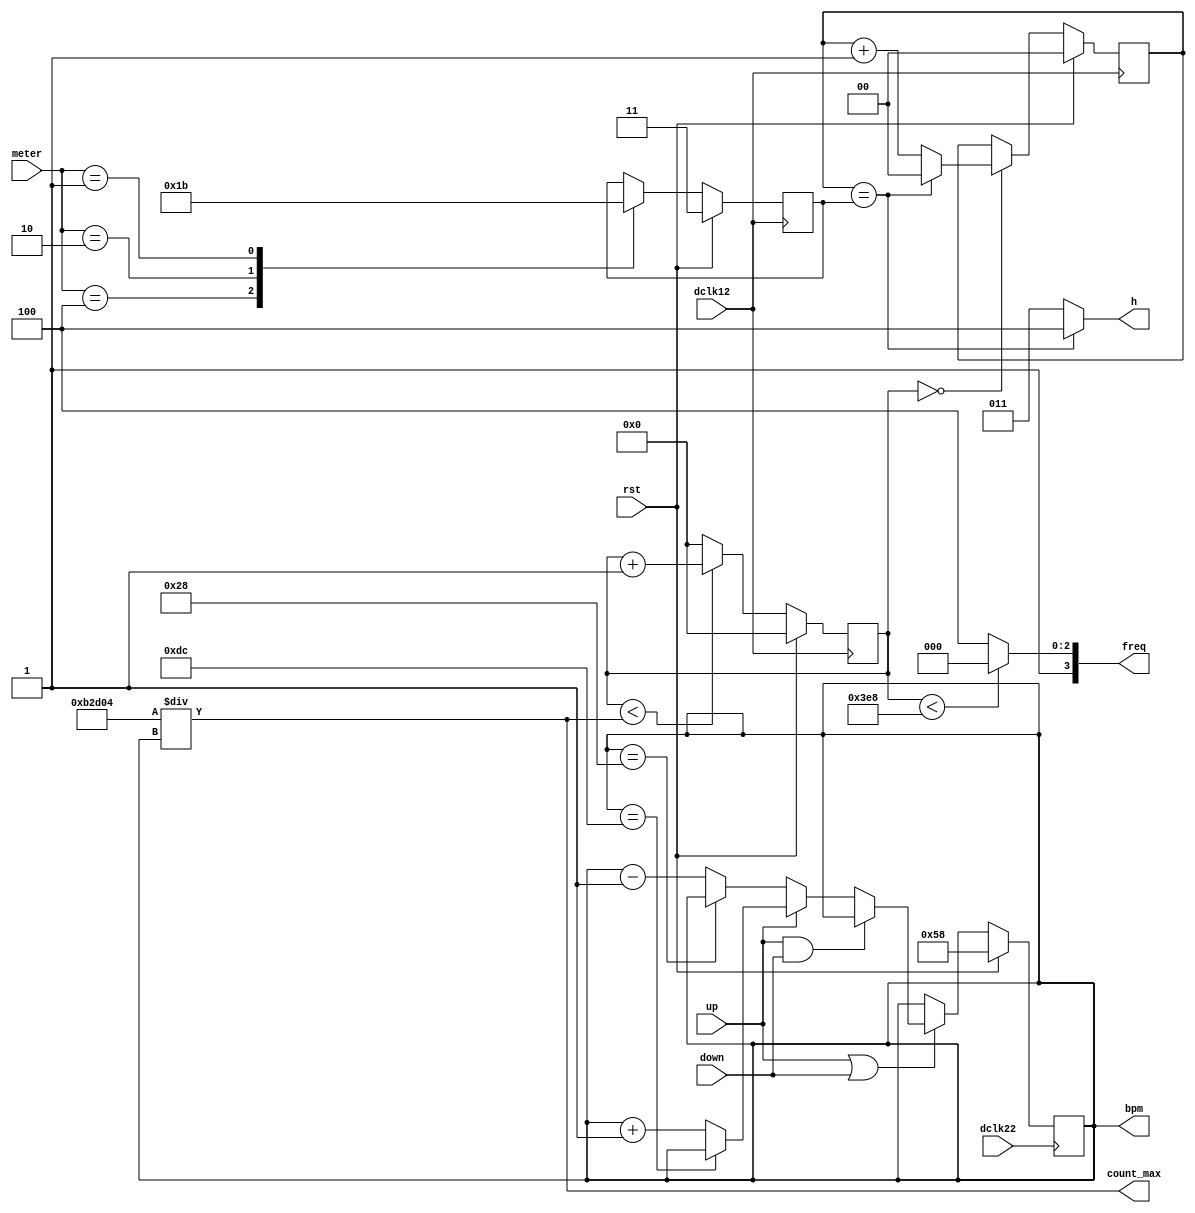
module metronome(
		output wire [3:0] freq,
		output wire [2:0] h,
		output wire [31:0] count_max,
		output reg [31:0] bpm,
		input wire rst, dclk12, dclk22,
		input wire up, down,
		input wire [2:0] meter
	);

	wire [31:0] ncount;
	reg [31:0] count, nbpm;
	reg [1:0] beat, nbeat, count_beat;
	//by calculating, change bpm -> Hz in FPGA
	//bpm: beat per minute, used in almost every music sheet
	assign count_max = 32'd732420/bpm;
	assign ncount = (count < count_max) ? count+1 : 32'd0;
	
	assign freq = (count < 32'd1000) ? 4'b1000 : 4'b1100;//only a short beep
	assign h = (count_beat==beat) ? 3'b100 : 3'b011;
	
	always @(posedge dclk22) begin
		if(rst) begin
			bpm <= 32'd88;
		end else begin
			bpm <= nbpm;
		end
	end
	always @(posedge dclk12) begin
		//use high clock for precise bpm
		//32-bit counter to count one beat
		//2-bit counter to count the high beat
		if(rst) begin
			count <= 32'd0;
			count_beat <= 2'b00;
			beat <= 2'b11;
		end else begin
			count <= ncount;
			count_beat <= (count==32'd0) ?
						  ((count_beat==beat) ? 2'b00 : count_beat+1) :
						  count_beat;
			beat <= nbeat;
		end
	end
	always @(*) begin
		//decode meter signature 2/4, 3/4, 4/4
		case(meter)
			3'b100: nbeat = 2'b01;
			3'b010: nbeat = 2'b10;
			3'b001: nbeat = 2'b11;
			default: nbeat = beat;
		endcase
	end
	always @(*) begin
		//change bpm by two keys
		nbpm = bpm;
		if(up | down) begin
			if(up & down) begin
				nbpm = bpm;
			end else if(up) begin
				nbpm = (bpm == 32'd220) ? bpm :bpm+1;
			end else begin
				nbpm = (bpm == 32'd40) ? bpm : bpm-1;
			end
		end
	end
endmodule